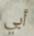
أبي